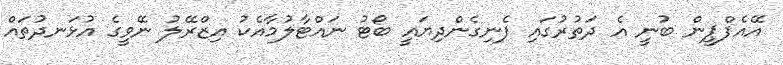
އޭއެފްޕީން ބުނީ އެ ދަތުރުގައި ފެނިގެންދިޔައީ ބޯޓު ނައްޓާލުމާއެކު އިޒްރޭލު ނޭވީގެ އުޅަނދުތައް